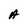
Character: A